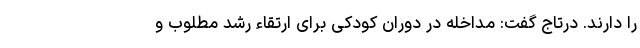
را دارند. درتاج گفت: مداخله در دوران کودکی برای ارتقاء رشد مطلوب و